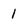
Character: 1